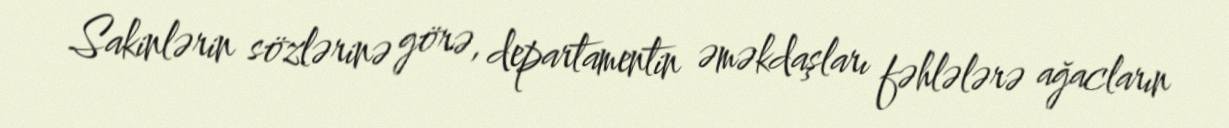
Sakinlərin sözlərinə görə, departamentin əməkdaşları fəhlələrə ağacların